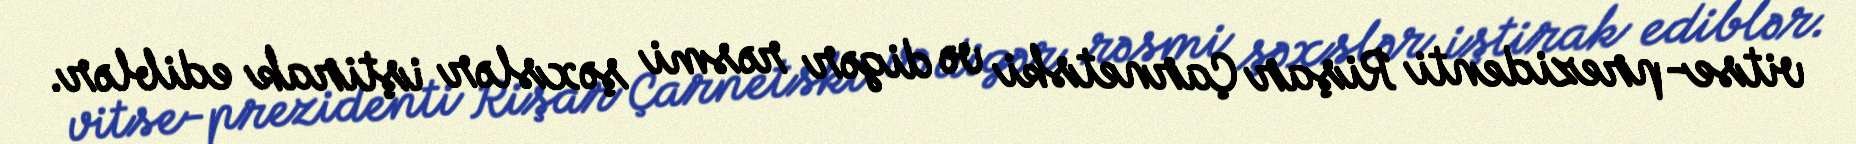
vitse-prezidenti Rişar Çarnetski və digər rəsmi şəxslər iştirak ediblər.